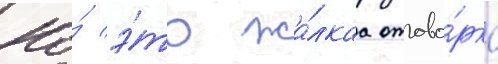
Но́ э́то жа́лкаа отгово́рка